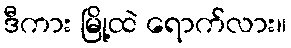
ဒီကား မြို့ထဲ ရောက်လား။